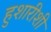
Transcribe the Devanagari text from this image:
हुशारीशी